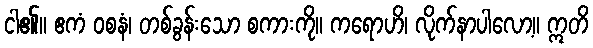
ငါ၏။ ဧကံ ဝစနံ၊ တစ်ခွန်းသော စကားကို။ ကရောဟိ၊ လိုက်နာပါလော့။ ဣတိ